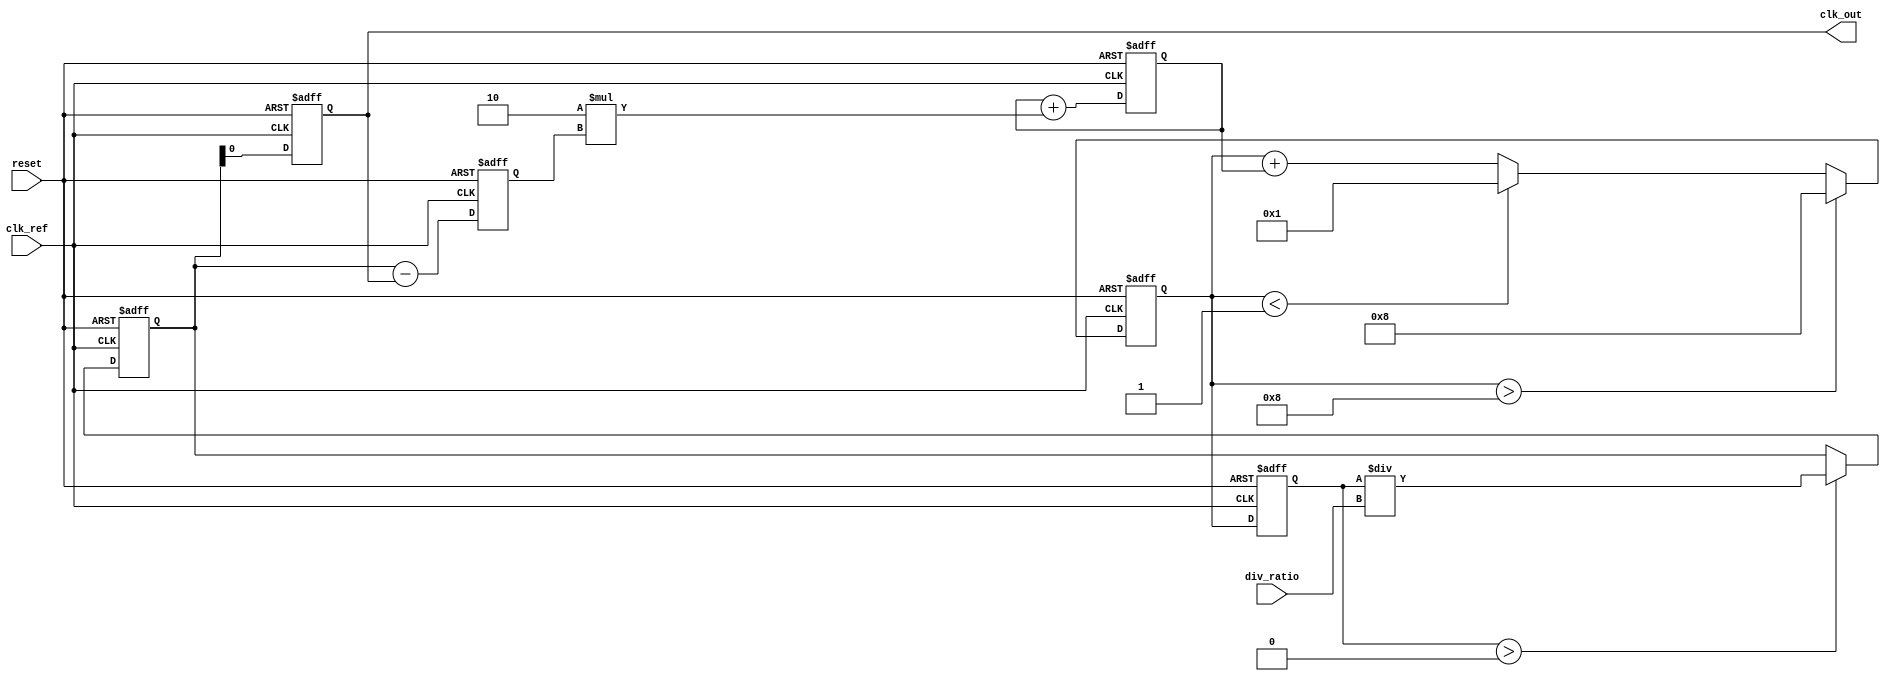
module PLL_Type2 (
    input wire clk_ref,         // Reference clock input
    input wire reset,           // Reset signal
    input wire [N-1:0] div_ratio, // Division ratio for feedback
    output reg clk_out          // Output clock
);
    parameter N = 4;            // Bit-width for division ratio
    parameter Kp = 8;           // Proportional gain
    parameter Ki = 2;           // Integral gain
    parameter VCO_MAX = 8;      // Maximum frequency for VCO
    parameter VCO_MIN = 1;      // Minimum frequency for VCO

    // Internal signals
    reg [31:0] phase_error;     // Phase error signal
    reg [31:0] control_voltage;  // Control voltage for VCO
    reg [31:0] vco_output;       // VCO output frequency
    reg [31:0] feedback;         // Feedback signal
    reg [31:0] integrator;       // Integrator for loop filter
    
    // Phase Detector
    always @(posedge clk_ref or posedge reset) begin
        if (reset) begin
            phase_error <= 0;
        end else begin
            // Example phase comparison logic
            phase_error <= feedback - clk_out; // Simple phase error calculation
        end
    end

    // Loop Filter (Type-2)
    always @(posedge clk_ref or posedge reset) begin
        if (reset) begin
            control_voltage <= 0;
            integrator <= 0;
        end else begin
            // Proportional term
            control_voltage <= Kp * phase_error;

            // Integral term
            integrator <= integrator + Ki * phase_error;
            control_voltage <= control_voltage + integrator;

            // Clamping control voltage to VCO limits
            if (control_voltage > VCO_MAX) begin
                control_voltage <= VCO_MAX;
            end else if (control_voltage < VCO_MIN) begin
                control_voltage <= VCO_MIN;
            end
        end
    end

    // Voltage-Controlled Oscillator (VCO)
    always @(posedge clk_ref or posedge reset) begin
        if (reset) begin
            vco_output <= 0;
        end else begin
            // Generate output frequency based on control voltage
            vco_output <= control_voltage; // Adjust VCO frequency by control voltage
        end
    end

    // Feedback Divider
    always @(posedge clk_ref or posedge reset) begin
        if (reset) begin
            feedback <= 0;
            clk_out <= 0;
        end else begin
            // Feedback division logic
            if (vco_output > 0) begin
                feedback <= vco_output / div_ratio; // Divide VCO output
            end
            
            // Generate output clock based on feedback
            clk_out <= feedback; // Output clock
        end
    end
endmodule